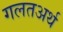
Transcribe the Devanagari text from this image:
गलतअर्थ